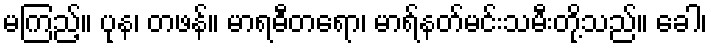
မကြည့်။ ပုန၊ တဖန်။ မာရဓီတရော၊ မာရ်နတ်မင်းသမီးတို့သည်။ ခေါ၊